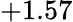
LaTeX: +1.57